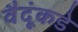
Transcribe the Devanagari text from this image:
वैदूंकडे